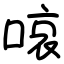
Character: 㗒